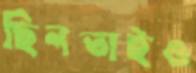
ছিনতাইও